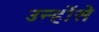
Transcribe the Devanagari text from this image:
उन्होंसे